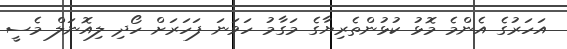
އަހަރުގެ އެންމެ މޮޅު ކުޅުންތެރިޔާގެ މަގާމު ހަވަނަ ފަހަރަށް ހޯދި ލިއޮނަލް މެސީ